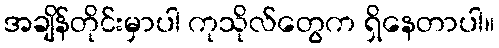
အချိန်တိုင်းမှာပါ ကုသိုလ်တွေက ရှိနေတာပါ။